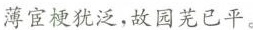
薄宦梗犹泛，故园芜已平。